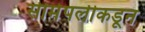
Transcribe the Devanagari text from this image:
सीमेपलीकडून